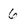
Character: 6